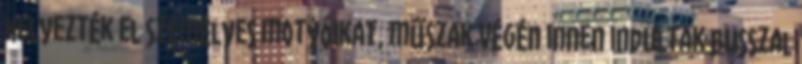
helyezték el személyes motyóikat, műszak végén innen indultak busszal